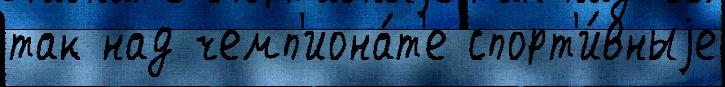
так над чемп'иона́т'е спорт'и́вныjе